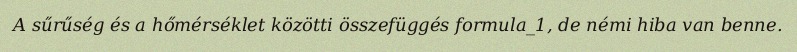
A sűrűség és a hőmérséklet közötti összefüggés formula_1, de némi hiba van benne.